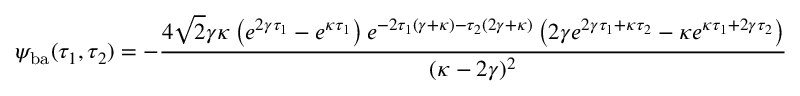
\psi _ { \mathrm { b a } } ( \tau _ { 1 } , \tau _ { 2 } ) = - \frac { 4 \sqrt { 2 } \gamma \kappa \left( e ^ { 2 \gamma \tau _ { 1 } } - e ^ { \kappa \tau _ { 1 } } \right) e ^ { - 2 \tau _ { 1 } ( \gamma + \kappa ) - \tau _ { 2 } ( 2 \gamma + \kappa ) } \left( 2 \gamma e ^ { 2 \gamma \tau _ { 1 } + \kappa \tau _ { 2 } } - \kappa e ^ { \kappa \tau _ { 1 } + 2 \gamma \tau _ { 2 } } \right) } { ( \kappa - 2 \gamma ) ^ { 2 } }